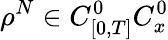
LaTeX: \rho^{N}\in C_{[0,T]}^{0}C_{x}^{0}